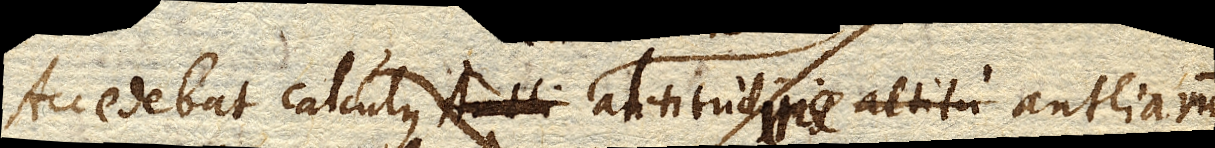
Accedebat calculus altitudinis ea collata altitudine antliarum